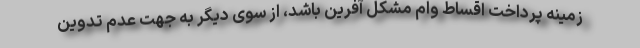
زمینه پرداخت اقساط وام مشکل آفرین باشد، از سوی دیگر به جهت عدم تدوین